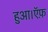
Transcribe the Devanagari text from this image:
हुआ।ऍफ़